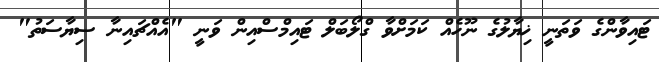
ޓައިވާންގެ ވަތަނީ ޚިޔާލުގެ ނޫހެއް ކަމަށްވާ ގްލޯބަލް ޓައިމްސްއިން ވަނީ "އެއްޗައިނާ ސިޔާސަތު"